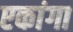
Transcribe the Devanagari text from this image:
एकांगा